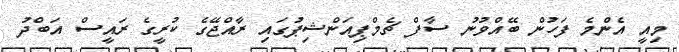
މިއީ އެންމެ ފަހުން ބޭއްވުނު ސާފް ޗެމްޕިއަންޝިޕުގައި ރާއްޖޭގެ ކުރީގެ ރައީސް އަބްދު